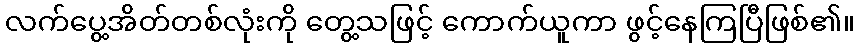
လက်ပွေ့အိတ်တစ်လုံးကို တွေ့သဖြင့် ကောက်ယူကာ ဖွင့်နေကြပြီဖြစ်၏။